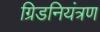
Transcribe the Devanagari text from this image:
ग्रिडनियंत्रण